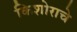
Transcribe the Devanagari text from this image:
किशोराचे